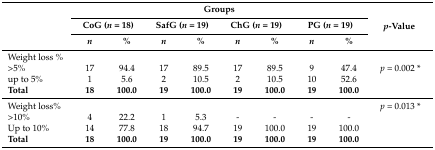
<table><thead><tr><td rowspan="3"></td><td colspan="8"><b>Groups</b></td><td rowspan="3"><b><i>p</i>-Value</b></td></tr><tr><td colspan="2"><b>CoG (<i>n</i> = 18)</b></td><td colspan="2"><b>SafG (<i>n</i> = 19)</b></td><td colspan="2"><b>ChG (<i>n</i> = 19)</b></td><td colspan="2"><b>PG (<i>n</i> = 19)</b></td></tr><tr><td><b><i>n</i></b></td><td><b>%</b></td><td><b><i>n</i></b></td><td><b>%</b></td><td><b><i>n</i></b></td><td><b>%</b></td><td><b><i>n</i></b></td><td><b>%</b></td></tr></thead><tbody><tr><td>Weight loss %</td><td></td><td></td><td></td><td></td><td></td><td></td><td></td><td></td><td></td></tr><tr><td>&gt;5%</td><td>17</td><td>94.4</td><td>17</td><td>89.5</td><td>17</td><td>89.5</td><td>9</td><td>47.4</td><td><i>p</i> = 0.002 *</td></tr><tr><td>up to 5%</td><td>1</td><td>5.6</td><td>2</td><td>10.5</td><td>2</td><td>10.5</td><td>10</td><td>52.6</td><td></td></tr><tr><td><b>Total</b></td><td><b>18</b></td><td><b>100.0</b></td><td><b>19</b></td><td><b>100.0</b></td><td><b>19</b></td><td><b>100.0</b></td><td><b>19</b></td><td><b>100.0</b></td><td></td></tr><tr><td>Weight loss%</td><td></td><td></td><td></td><td></td><td></td><td></td><td></td><td></td><td><i>p</i> = 0.013 *</td></tr><tr><td>&gt;10%</td><td>4</td><td>22.2</td><td>1</td><td>5.3</td><td>-</td><td>-</td><td>-</td><td>-</td><td></td></tr><tr><td>Up to 10%</td><td>14</td><td>77.8</td><td>18</td><td>94.7</td><td>19</td><td>100.0</td><td>19</td><td>100.0</td><td></td></tr><tr><td><b>Total</b></td><td><b>18</b></td><td><b>100.0</b></td><td><b>19</b></td><td><b>100.0</b></td><td><b>19</b></td><td><b>100.0</b></td><td><b>19</b></td><td><b>100.0</b></td><td></td></tr></tbody></table>